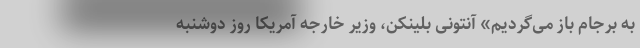
به برجام باز می‌گردیم» آنتونی بلینکن، وزیر خارجه آمریکا روز دوشنبه